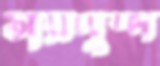
তাম্রপুষ্প